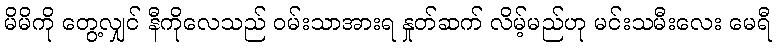
မိမိကို တွေ့လျှင် နီကိုလေသည် ဝမ်းသာအားရ နှုတ်ဆက် လိမ့်မည်ဟု မင်းသမီးလေး မေရီ